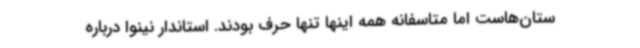
ستان‌هاست اما متاسفانه همه اینها تنها حرف بودند. استاندار نینوا درباره